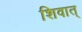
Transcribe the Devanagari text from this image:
शिवात्